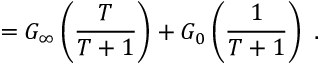
= G _ { \infty } \left( { \frac { T } { T + 1 } } \right) + G _ { 0 } \left( { \frac { 1 } { T + 1 } } \right) \ .